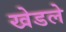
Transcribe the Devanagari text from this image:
खेडले